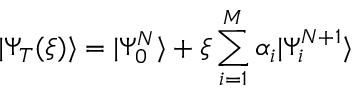
| \Psi _ { T } ( \xi ) \rangle = | \Psi _ { 0 } ^ { N } \rangle + \xi \sum _ { i = 1 } ^ { M } \alpha _ { i } | \Psi _ { i } ^ { N + 1 } \rangle